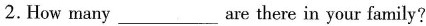
2. How many ___ are there in your family?